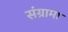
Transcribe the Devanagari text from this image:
संग्रामा